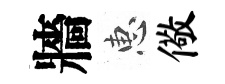
牆惠儆